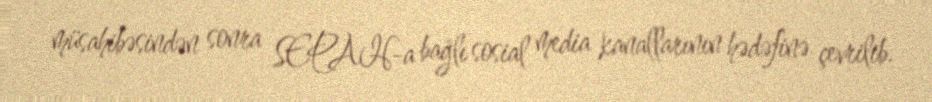
müsahibəsindən sonra SEPAH-a bağlı sosial media kanallarının hədəfinə çevrilib.